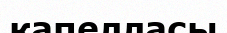
капелласы